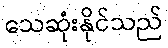
သေဆုံးနိုင်သည်